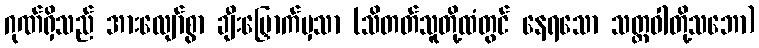
ဂုဏ်ရှိသည် အားလျော်စွာ ချီးမြှောက်မှသာ (သိတတ်သူတို့ထံတွင် နေရသော သတ္တဝါတို့သဘော)